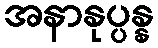
အနာနုပ္ပန္န